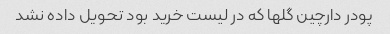
پودر دارچین گلها که در لیست خرید بود تحویل داده نشد